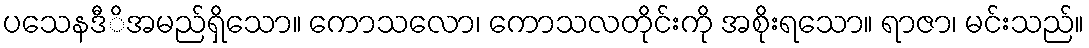
ပသေနဒီိအမည်ရှိသော။ ကောသလော၊ ကောသလတိုင်းကို အစိုးရသော။ ရာဇာ၊ မင်းသည်။